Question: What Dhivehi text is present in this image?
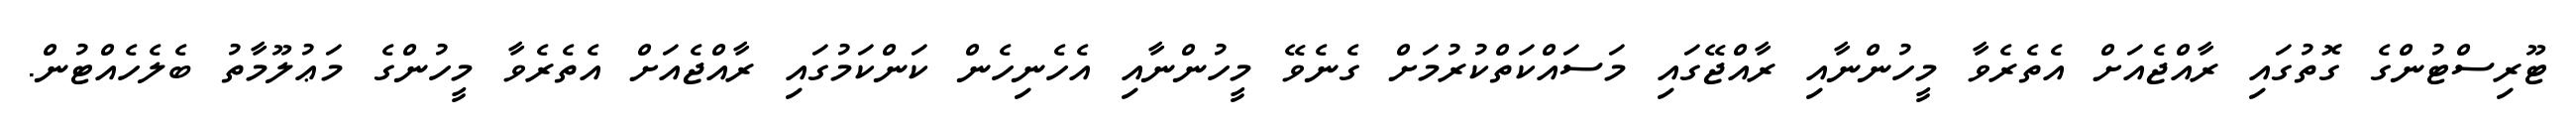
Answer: ޓޫރިސްޓުންގެ ގޮތުގައި ރާއްޖެއަށް އެތެރެވާ މީހުންނާއި ރާއްޖޭގައި މަސައްކަތްކުރުމަށް ގެނެވޭ މީހުންނާއި އެހެނިހެން ކަންކަމުގައި ރާއްޖެއަށް އެތެރެވާ މީހުންގެ މަޢުލޫމާތު ބެލެހެއްޓުން.